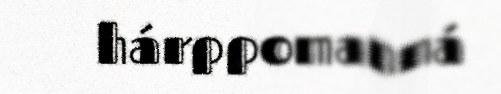
hárppomanná